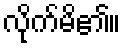
လိုက်မိ၏။